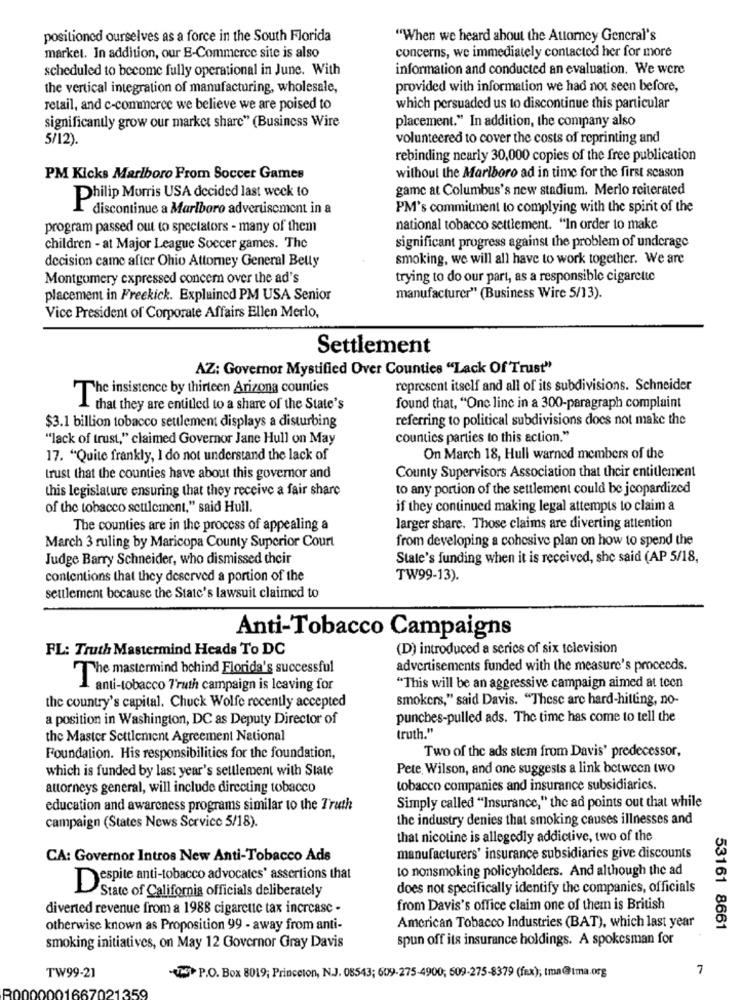
positioned ourselves as a force in the South Florida
"When we heard about the Attorney General's
concerns, we immediately contacted her for more
market. In addition, our E-Commerce site is also
scheduled to become fully operational in June. With
information and conducted an evaluation. We were
the vertical integration of manufacturing, wholesale,
provided with information we had not seen before,
retail, and c-commerce we believe we are poised to
which persuaded us to discontinue this particular
placement." In addition, the company also
significantly grow our market share" (Business Wire
5/12).
volunteered to cover the costs of reprinting and
rebinding nearly 30,000 copies of the free publication
PM Kicks Marlboro Prom Soccer Games
without the Marlboro ad in time for the first season
game at Columbus's new stadium. Merlo reiterated
Philip Morris USA decided last week to
·discontinue a Marlboro advertisement in a
PM's commitment to complying with the spint of the
program passed out to spectators - many of them
national tobacco settlement. "In order to make
children - at Major League Soccer games. The
significant progress against the problem of underage
smoking, we will all have to work together. We are
decision came after Ohio Attorney General Betty
Montgomery expressed concern over the ad's
trying to do our part, as a responsible cigarette
placement in Freekick. Explained PM USA Senior
manufacturer" (Business Wire 5/13).
Vice President of Corporate Affairs Ellen Merlo,
Settlement
AZ: Governor Mystified Over Counties "Lack Of Trust"
The insistence by thirteen Arizona counties
represent itself and all of its subdivisions. Schneider
I that they are entitled to a share of the State's
found that, "One line in a 300-paragraph complaint
referring to political subdivisions does not make the
$3.1 billion tobacco settlement displays a disturbing
"lack of trust," claimed Governor Jane Hull on May
counties parties to this action."
17. "Quite frankly, I do not understand the lack of
On March 18, Hull warned members of the
trust that the counties have about this governor and
County Supervisors Association that their entitlement
this legislature ensuring that they receive a fair share
to any portion of the settlement could be jeopardized
of the tobacco settlement," said Hull.
if they continued making legal attempts to claim a
The counties are in the process of appealing a
larger share. Those claims are diverting attention
from developing a cohesive plan on how to spend the
March 3 ruling by Maricopa County Superior Court
Judge Barry Schneider, who dismissed their
State's funding when it is received, she said (AP 5/18,
contentions that they deserved a portion of the
TW99-13).
settlement because the State's lawsuit claimed to
Anti-Tobacco Campaigns
FL: Truth Mastermind Heads To DC
(D) introduced a series of six television
advertisements funded with the measure's proceeds.
The mastermind behind Florida's successful
anti-tobacco 7'ruth campaign is leaving for
"This will be an aggressive campaign aimed at teen
smokers," said Davis. "These are hard-hitting, no-
the country's capital. Chuck Wolfe recently accepted
a position in Washington, DC as Deputy Director of
punches-pulled ads. The time has come to tell the
the Master Settlement Agreement National
truth."
Two of the ads stem from Davis' predecessor,
Foundation. His responsibilities for the foundation,
which is funded by last year's settlement with State
Pete, Wilson, and one suggests a link between two
attorneys general, will include directing tobacco
tobacco companies and insurance subsidiaries.
education and awareness programs similar to the Truth
Simply called "Insurance," the ad points out that while
the industry denies that smoking causes illnesses and
campaign (States News Service 5/18).
that nicotine is allegedly addictive, two of the
CA: Governor Intros New Anti-Tobacco Ads
manufacturers' insurance subsidiaries give discounts
to nonsmoking policyholders. And although the ad
Despite anti-tobacco advocates' assertions that
State of California officials deliberately
does not specifically identify the companies, officials
diverted revenue from a 1988 cigarette tax increase -
from Davis's office claim one of them is British
otherwise known as Proposition 99 - away from anti-
American Tobacco Industries (BAT), which last year
53161 8661
spun off its insurance holdings. A spokesman for
smoking initiatives, on May 12 Governor Gray Davis
TW99-21
7
P.O. Box 8019; Princeton, N.J. 08543; 609-275-4900; 609-275-8379 (fax); tma@uma.org
250